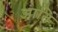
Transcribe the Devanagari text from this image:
आतिं